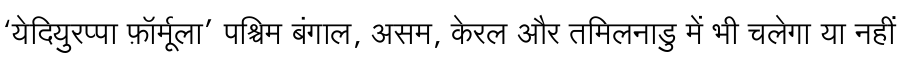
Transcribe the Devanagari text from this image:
‘येदियुरप्पा फ़ॉर्मूला’ पश्चिम बंगाल, असम, केरल और तमिलनाडु में भी चलेगा या नहीं